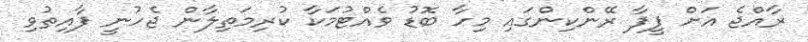
ރާއްޖެ އަށް ފީފާ ރޭންކިންގައި މިހާ ބޮޑު ވެއްޓުމަކާ ކުރިމަތިލާން ޖެހުނީ ފާއިތުވި